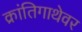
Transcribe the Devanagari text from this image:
क्रांतिगाथेवर